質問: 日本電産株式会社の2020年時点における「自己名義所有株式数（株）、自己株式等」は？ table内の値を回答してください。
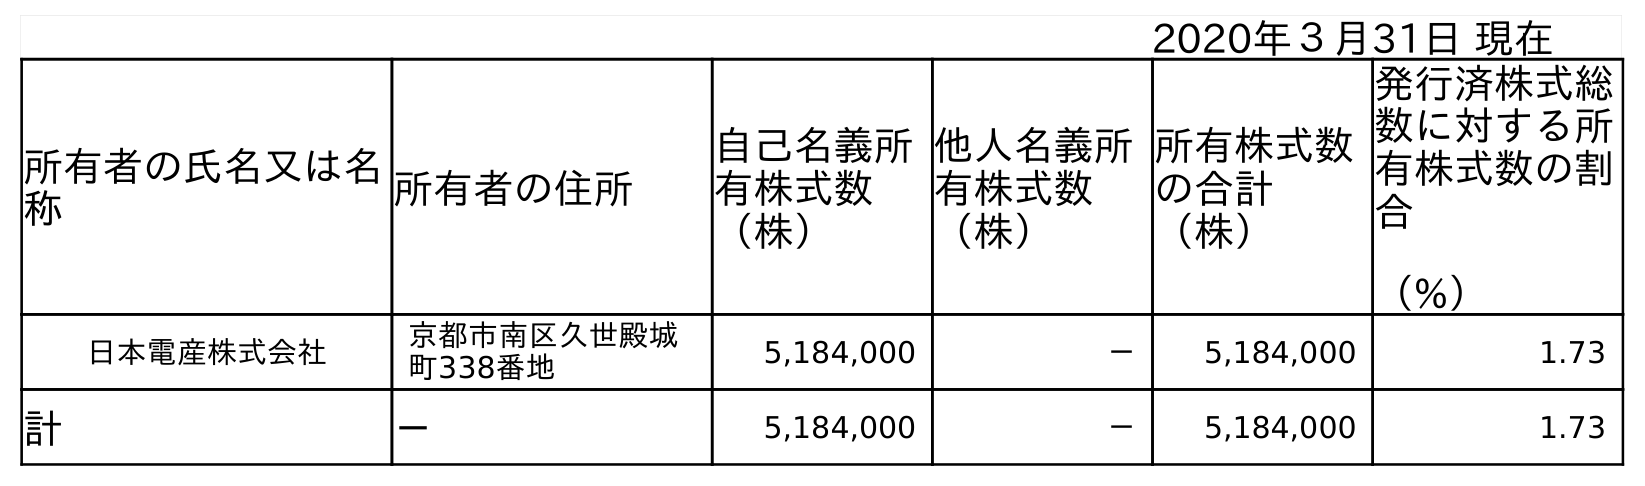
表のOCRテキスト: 2020年３月31日 現在 所有者の氏名又は名 称 所有者の住所 自己名義所 有株式数 （株） 他人名義所 有株式数 （株） 所有株式数 の合計 （株） 発行済株式総 数に対する所 有株式数の割 合 （%） 日本電産株式会社 京都市南区久世殿城 町338番地 5,184,000 － 5,184,000 1.73 計 － 5,184,000 － 5,184,000 1.73
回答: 5,184,000